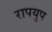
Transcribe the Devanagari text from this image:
रापयुप